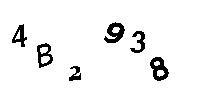
4B2938